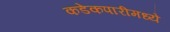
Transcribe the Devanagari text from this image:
कडेकपारीमध्ये